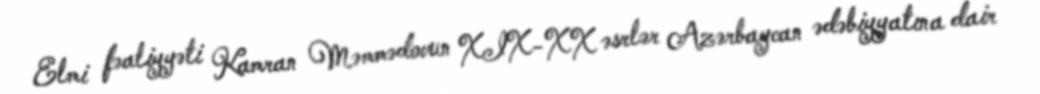
Elmi fəaliyyəti Kamran Məmmədovun XIX-XX əsrlər Azərbaycan ədəbiyyatına dair